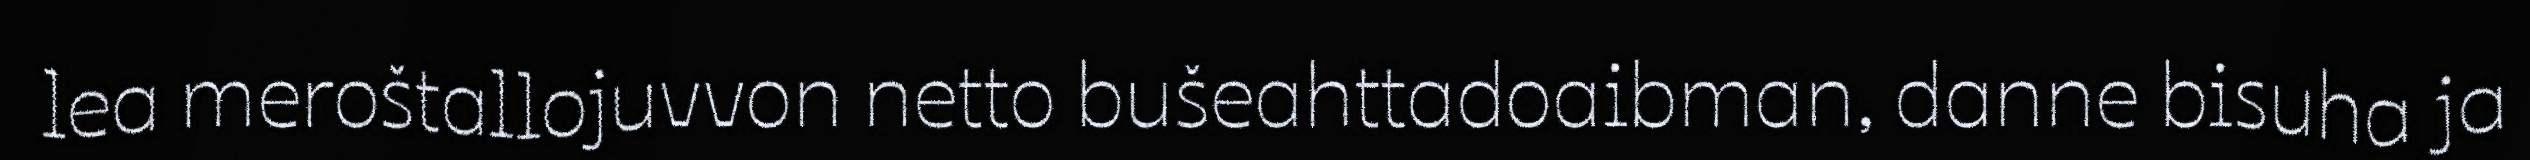
lea meroštallojuvvon netto bušeahttadoaibman, danne bisuha ja